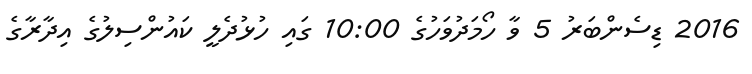
2016 ޑިސެންބަރު 5 ވާ ހޯމަދުވަހުގެ 10:00 ގައި ހުޅުދެލީ ކައުންސިލުގެ އިދާރާގެ